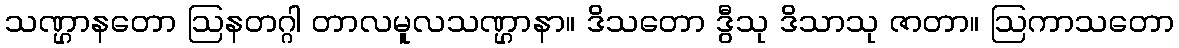
သဏ္ဌာနတော ဩနတဂ္ဂါ တာလမူလသဏ္ဌာနာ။ ဒိသတော ဒွီသု ဒိသာသု ဇာတာ။ ဩကာသတော